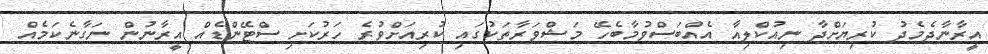
އީރާނާދެމެދު ކުރިޔަށްދާ ނިއުކްލިއާ އެއްބަސްވުމާބެހޭ މަޝްވަރާތަކުގައި ކުރިއަށްވުރެ ހަރުކަށި ސްޓޭންޑެއް އީރާނުން ނަގާނެކަމެއް